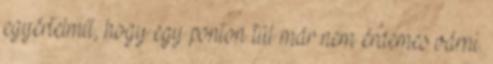
egyértelmű, hogy egy ponton túl már nem érdemes várni.